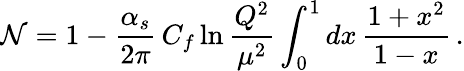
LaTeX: {\cal N}=1-{\frac{\alpha_{s}}{2\pi}}\, C_{f}\ln{\frac{Q^{2}}{\mu^{2}}}\int_{0}^{1}dx\, {\frac{1+x^{2}}{1-x}}\, .